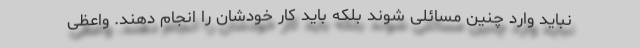
نباید وارد چنین مسائلی شوند بلکه باید کار خودشان را انجام دهند. واعظی